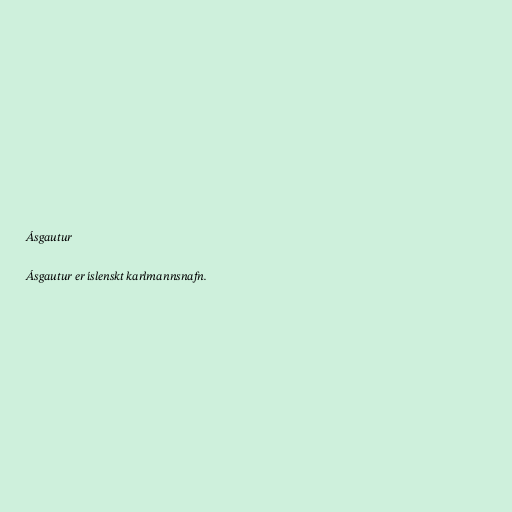
Ásgautur

Ásgautur er íslenskt karlmannsnafn.